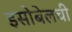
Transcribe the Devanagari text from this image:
इसोबेलची